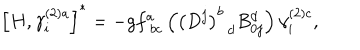
\left[ H , \gamma _ { i } ^ { \left( 2 \right) a } \right] ^ { * } = - g f _ { \; b c } ^ { a } \left( \left( D ^ { j } \right) _ { \; \; d } ^ { b } B _ { 0 j } ^ { d } \right) \gamma _ { i } ^ { \left( 2 \right) c } ,